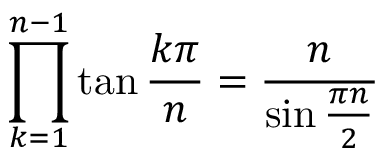
\prod _ { k = 1 } ^ { n - 1 } \tan { \frac { k \pi } { n } } = { \frac { n } { \sin { \frac { \pi n } { 2 } } } }